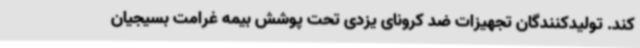
کند. تولیدکنندگان تجهیزات ضد کرونای یزدی تحت پوشش بیمه غرامت بسیجیان